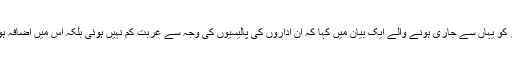
پیر کو یہاں سے جاری ہونے والے ایک بیان میں کہا کہ ان اداروں کی پالیسیوں کی وجہ سے غربت کم نہیں ہوئی بلکہ اس میں اضافہ ہوا ۔